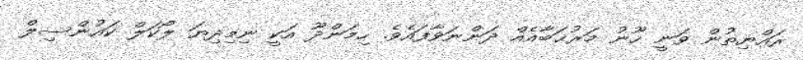
ރައްޔިތުން ވަނީ ހޫނު މަރުޙަބާއެއް ދަންނަވާފައެވެ. ހިމަންދޫ އަކީ ނިމިދިޔަ ލޯކަލް ކައުންސިލް